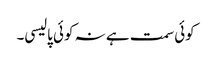
کوئی سمت ہے نہ کوئی پالیسی۔